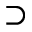
\supset